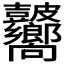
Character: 𥀾